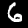
Label: 6